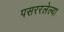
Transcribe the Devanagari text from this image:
पसररलेल्या